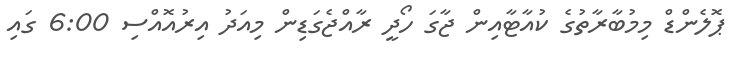
ޕޮލެންޑް މިމުބާރާތުގެ ކުއާޓާއިން ޖާގަ ހޯދީ ރާއްޖެގަޑިން މިއަދު އިރުއޮއްސި 6:00 ގައި